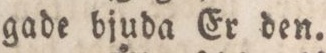
gade bjuda Er den.